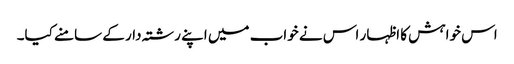
اس خواہش کا اظہار اس نے خواب میں اپنے رشتہ دار کے سامنے کیا۔